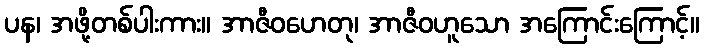
ပန၊ အဖို့တစ်ပါးကား။ အာဇီဝဟေတု၊ အာဇီဝဟူသော အကြောင်းကြောင့်။